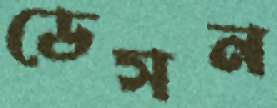
ডেসন